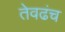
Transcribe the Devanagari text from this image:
तेवढंच